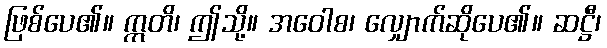
ဖြစ်ပေ၏။ ဣတိ၊ ဤသို့။ အဝေါစ၊ လျှောက်ဆိုပေ၏။ ဆဋ္ဌီ၊